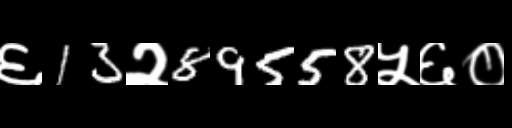
Text: ६13२89558५६०